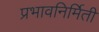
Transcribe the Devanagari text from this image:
प्रभावनिर्मिती